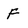
Character: F